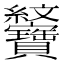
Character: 𦈆